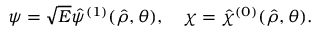
\psi = \sqrt { E } \hat { \psi } ^ { ( 1 ) } ( \hat { \rho } , \theta ) , \quad \chi = \hat { \chi } ^ { ( 0 ) } ( \hat { \rho } , \theta ) .